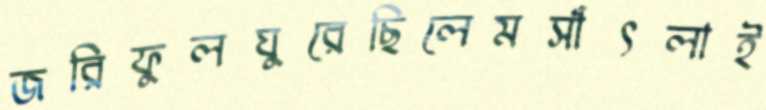
জরিফুলঘুরেছিলেমসাঁৎলাই